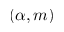
( \alpha , m )